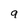
Character: 9